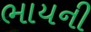
ભાયની